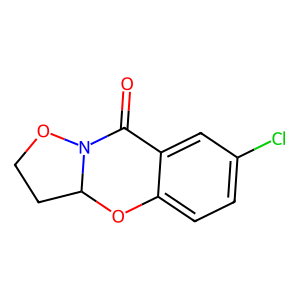
SMILES: O=C1c2cc(Cl)ccc2OC2CCON12
Inhibits HIV replication: No